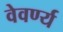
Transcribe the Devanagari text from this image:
वेवर्ण्य